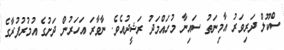
ސްކޫލް ދަރިވަރު އާމިނަތު ސައިނާ މުހައްމަދު ރަޝީދުއެވެ. ނާވާރަ އަހަރުން ދަށުގެ އުމުރުފުރާގެ